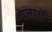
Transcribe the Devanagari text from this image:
बनाऍ